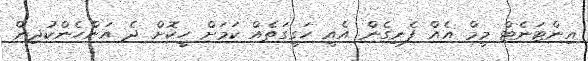
އިންޓަނެޓް މީމް އެއް ފެނިގެން އެއީ ހަގީގަތެއް ކަަމަށް ހީކޮށް ދެ އަންހެންކުދިން